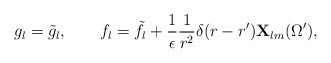
\begin{align*}g_l=\tilde g_l,\qquad f_l=\tilde f_l+{1\over\epsilon}{1\over r^2}\delta(r-r'){\bf X}_{lm}(\Omega'),\end{align*}